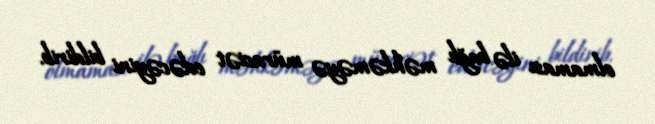
olmaması ilə bağlı məhkəməyə müraciət edəcəyini bildirib.